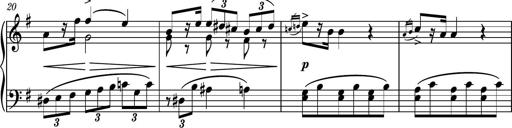
Title: Piano Sonatina No.7
Composer: Dimitri Sykias
Key: G major